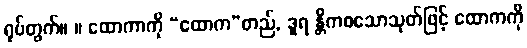
ရုပ်တွက်။ ။ ထောကာကို “ထောက”တည်, ဒူရ န္တိကစသောသုတ်ဖြင့် ထောကကို